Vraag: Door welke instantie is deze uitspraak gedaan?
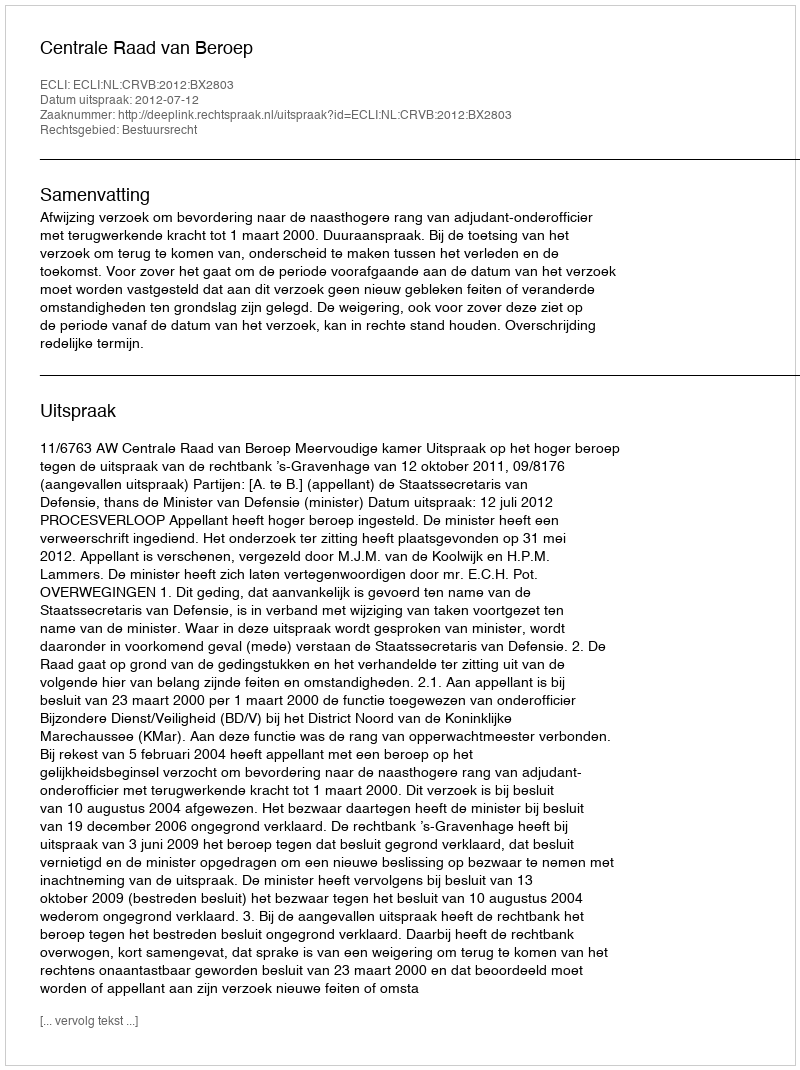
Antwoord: Centrale Raad van Beroep